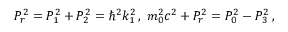
P _ { r } ^ { 2 } = P _ { 1 } ^ { 2 } + P _ { 2 } ^ { 2 } = \hbar ^ { 2 } k _ { 1 } ^ { 2 } \, , \; m _ { 0 } ^ { 2 } c ^ { 2 } + P _ { r } ^ { 2 } = P _ { 0 } ^ { 2 } - P _ { 3 } ^ { 2 } \, ,